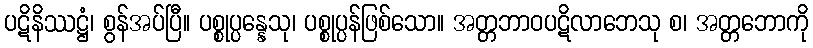
ပဋိနိဿဋ္ဌံ၊ စွန်အပ်ပြီ။ ပစ္စုပ္ပန္နေသု၊ ပစ္စုပ္ပန်ဖြစ်သော။ အတ္တဘာဝပဋိလာဘေသု စ၊ အတ္တဘောကို